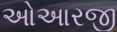
ઓઆરજી